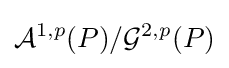
{\mathcal {A}}^{1,p}(P)/{\mathcal {G}}^{2,p}(P)